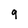
Character: 9